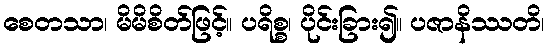
စေတသာ၊ မိမိစိတ်ဖြင့်။ ပရိစ္စ၊ ပိုင်းခြား၍။ ပဇာနိဿတိ၊